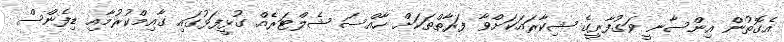
އެގޮތުން އިންސާނީ ވަގުފާރީގެ ޝިކާރައަކަށްވާ ފަރާތްތަކަށް ހާއްސަ ޝެލްޓަރެއް ގުޅީފަޅުގައި ގާއިމްކުރުމާއި ޑިފެންސް